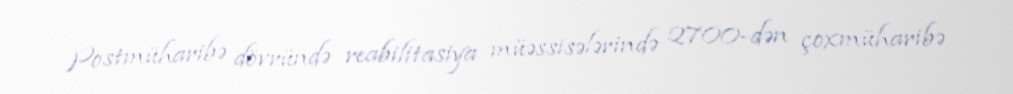
Postmüharibə dövründə reabilitasiya müəssisələrində 2700-dən çoxmüharibə